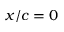
x / c = 0